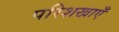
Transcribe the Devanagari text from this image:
परिशखाएँ